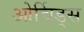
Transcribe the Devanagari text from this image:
ओर्चिड्स